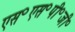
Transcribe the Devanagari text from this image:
एस॰एस॰पी॰जी॰